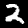
Label: 2